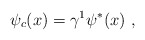
\begin{align*}\psi_c(x)=\gamma^1 \psi^*(x) \ ,\end{align*}